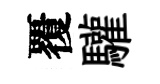
覆驩